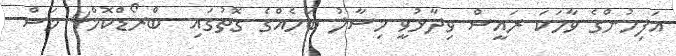
އަފިހުންގެ ވާހަކަ ރައީސް ވިދާޅުވީ މިސާލު ބަހެއްގެ ގޮތުގައި  ބްރޯޑްކޮމް4 މަސް